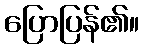
ပြောပြန်၏။